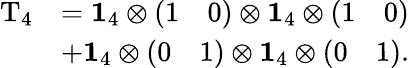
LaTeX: \begin{array}{rl}{\mathrm{T}_{4}}&{=\mathbf{1}_{4}\otimes\left(\begin{array}{ll}{1}&{0}\end{array}\right)\otimes\mathbf{1}_{4}\otimes\left(\begin{array}{ll}{1}&{0}\end{array}\right)}\\ &{+\mathbf{1}_{4}\otimes\left(\begin{array}{ll}{0}&{1}\end{array}\right)\otimes\mathbf{1}_{4}\otimes\left(\begin{array}{ll}{0}&{1}\end{array}\right).}\end{array}